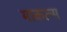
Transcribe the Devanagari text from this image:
माकल्स